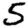
Digit: 5